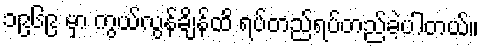
၁၉၆၉ မှာ ကွယ်လွန်ချိန်ထိ ရပ်တည်ရပ်တည်ခဲ့ပါတယ်။